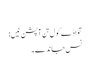
‏
تواڈے کول تِن آپشن نیں:‏
نس جاندے۔